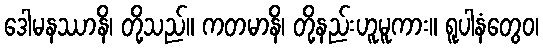
ဒေါမနဿာနိ၊ တို့သည်။ ကတမာနိ၊ တို့နည်းဟူမူကား။ ရူပါနံတွေဝ၊